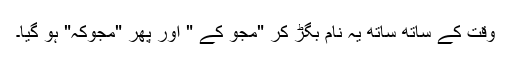
وقت کے ساتھ ساتھ یہ نام بگڑ کر "مجو کے " اور پھر "مجوکہ" ہو گیا۔